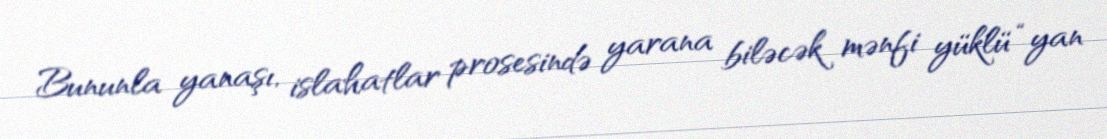
Bununla yanaşı, islahatlar prosesində yarana biləcək mənfi yüklü “yan